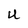
Character: U